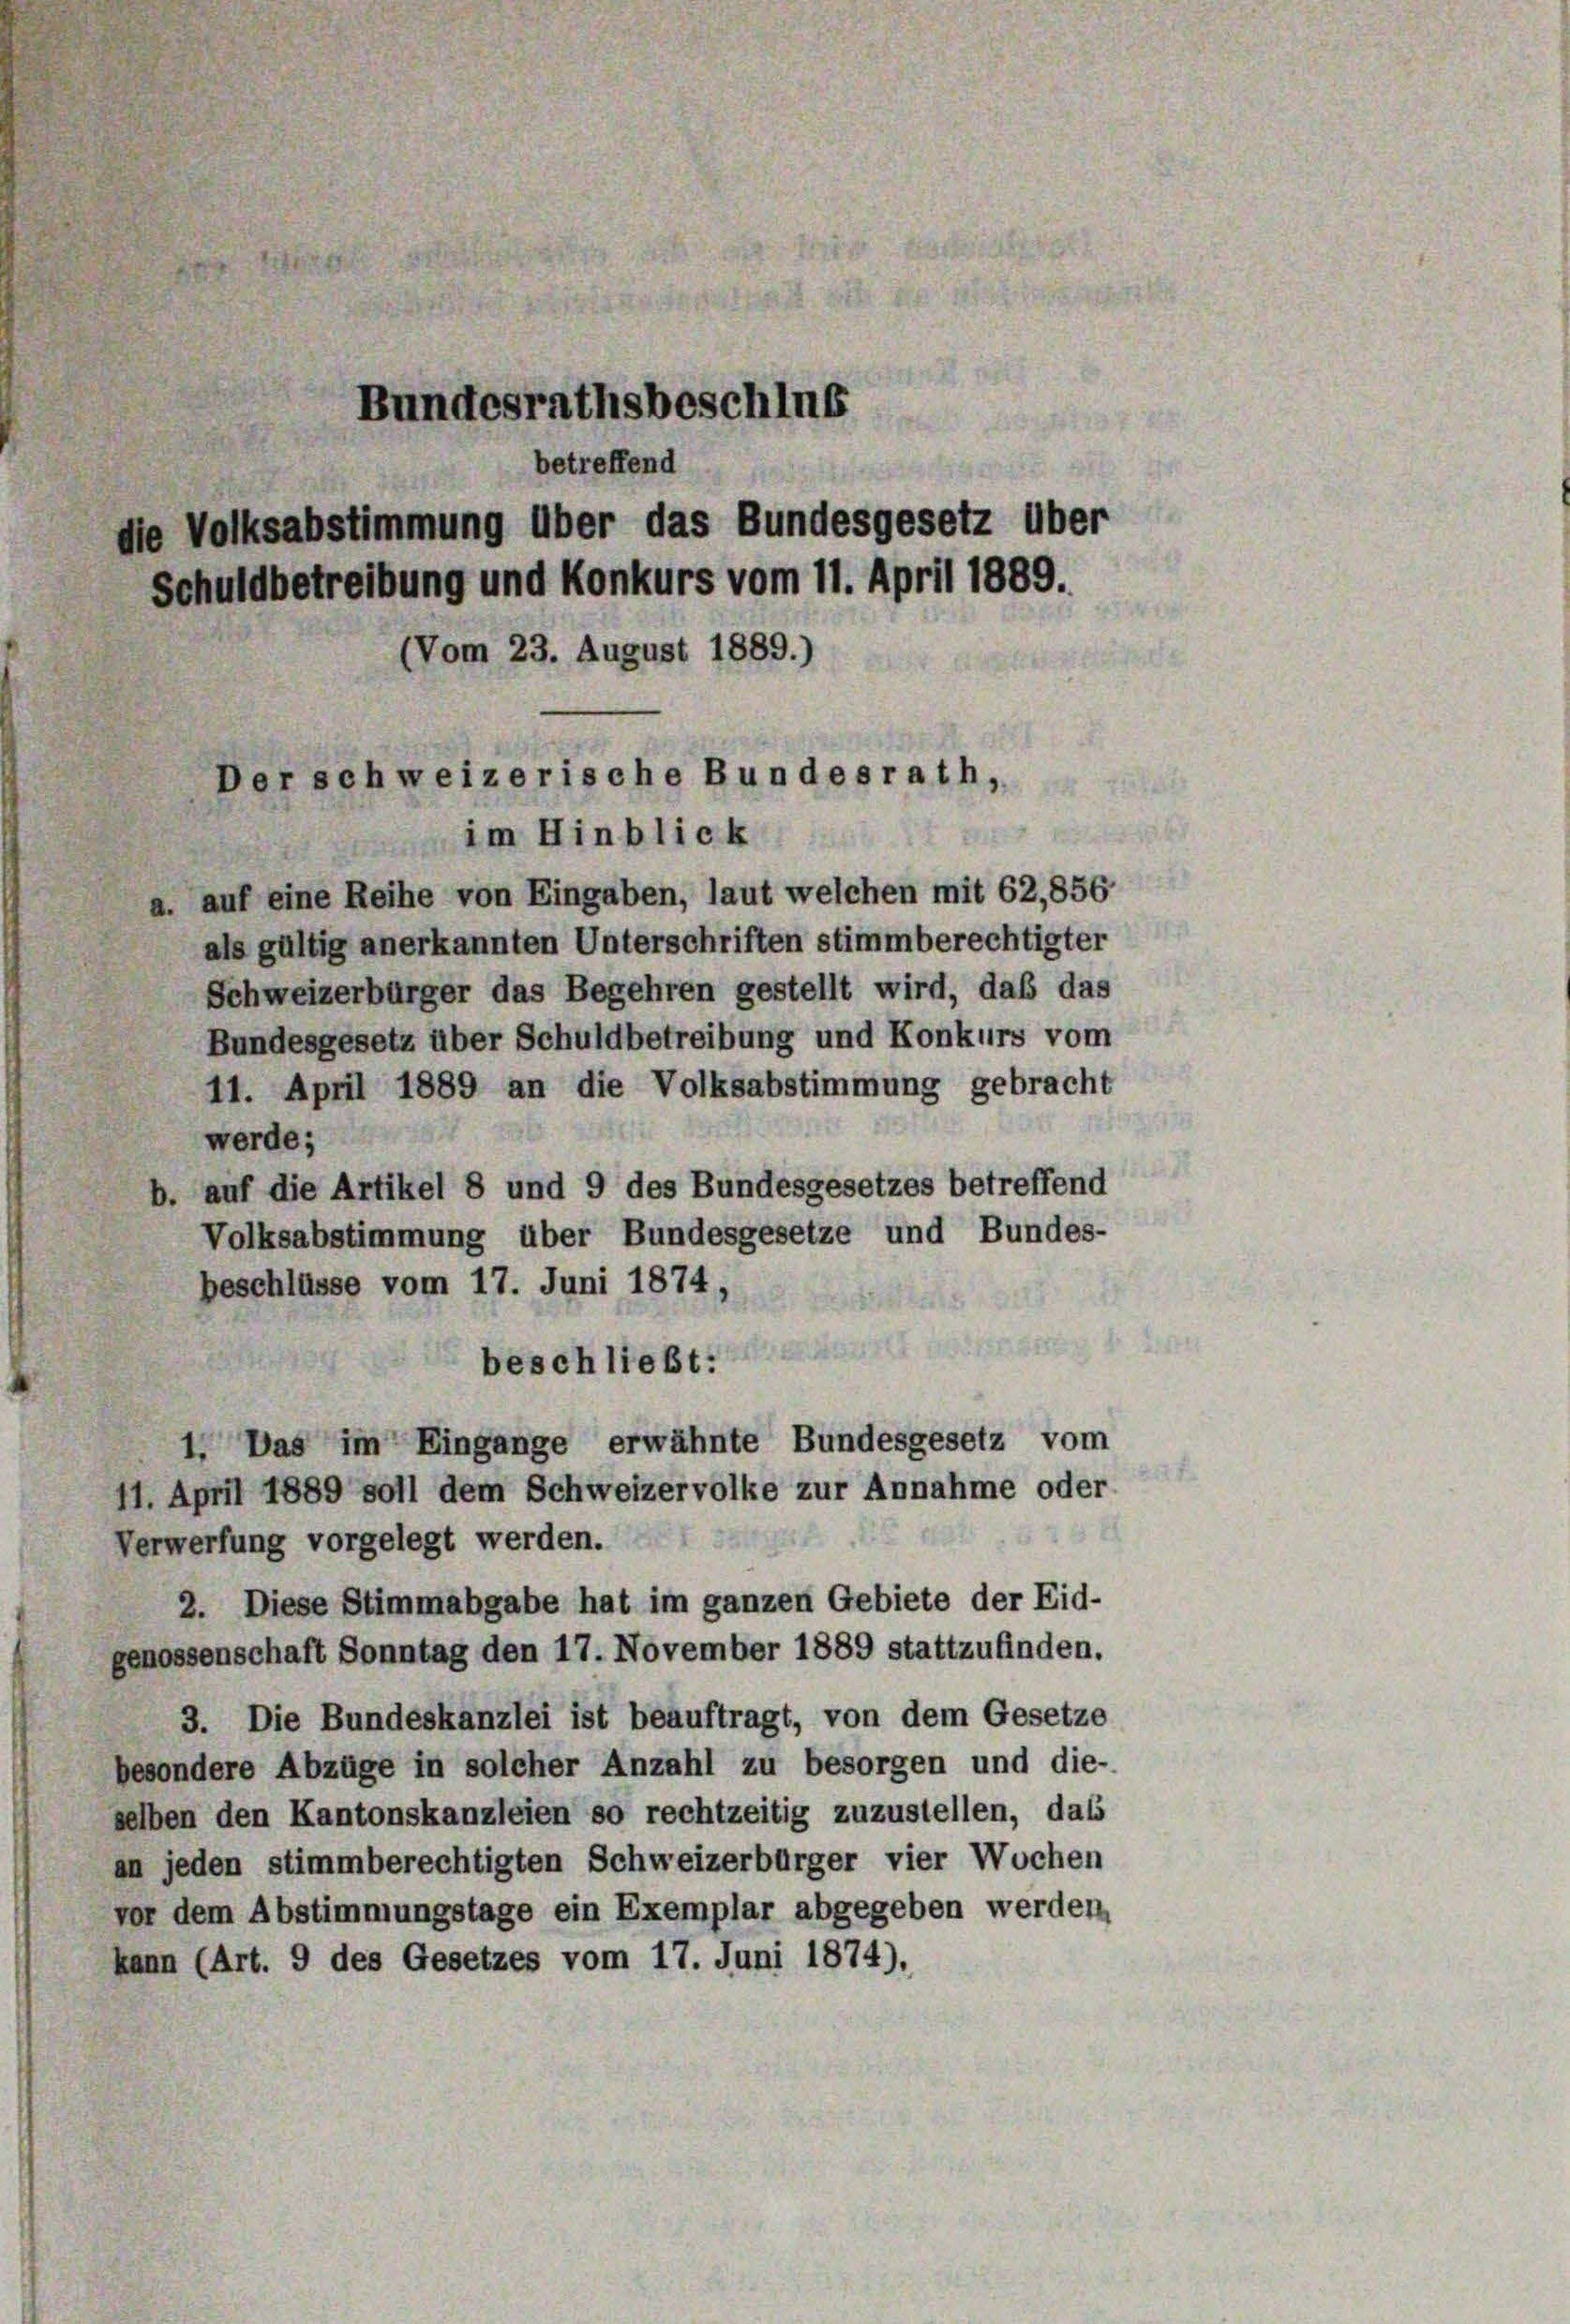
a. auf eine Reihe von Eingaben, laut welchen mit 62,856
als gültig anerkannten Unterschriften stimmberechtigter
Schweizerbürger das Begehren gestellt wird, daß das
Bundesgesetz über Schuldbetreibung und Konkurs vom
11. April 1889 an die Volksabstimmung gebracht
werde;
b. auf die Artikel 8 und 9 des Bundesgesetzes betreffend
Volksabstimmung über Bundesgesetze und Bundes-
beschlüsse vom 17. Juni 1874,

beschließt:
1. Das im Eingange erwähnte Bundesgesetz vom
11. April 1889 soll dem Schweizervolke zur Annahme oder
Verwerfung vorgelegt werden.
2. Diese Stimmabgabe hat im ganzen Gebiete der Eid-
genossenschaft Sonntag den 17. November 1889 stattzufinden.
3. Die Bundeskanzlei ist beauftragt, von dem Gesetze
besondere Abzüge in solcher Anzahl zu besorgen und die-
selben den Kantonskanzleien so rechtzeitig zuzustellen, dass
an jeden stimmberechtigten Schweizerbürger vier Wochen
vor dem Abstimmungstage ein Exemplar abgegeben werden,
kann (Art. 9 des Gesetzes vom 17. Juni 1874),

Bundesrathsbeschlus
betreffend
die Volksabstimmung über das Bundesgesetz über
Schuldbetreibung und Konkurs vom 11. April 1889.
(Vom 23. August 1889.)
Der schweizerische Bundesrath,
im Hinblick